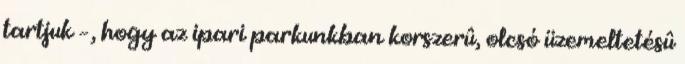
tartjuk –, hogy az ipari parkunkban korszerû, olcsó üzemeltetésû